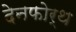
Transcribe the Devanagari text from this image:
देनफोर्थ